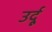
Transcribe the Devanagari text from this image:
उर्दूू